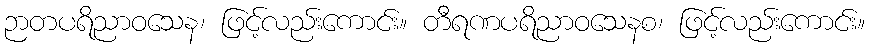
ဉာတပရိညာဝသေန၊ ဖြင့်လည်းကောင်း။ တီရဏပရိညာဝသေနစ၊ ဖြင့်လည်းကောင်း။